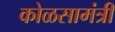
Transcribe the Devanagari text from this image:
कोळसामंत्री